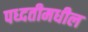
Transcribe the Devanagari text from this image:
पध्दतीमधील